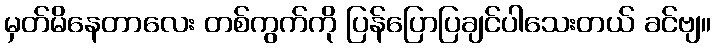
မှတ်မိနေတာလေး တစ်ကွက်ကို ပြန်ပြောပြချင်ပါသေးတယ် ခင်ဗျ။